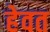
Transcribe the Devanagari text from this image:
हेवत